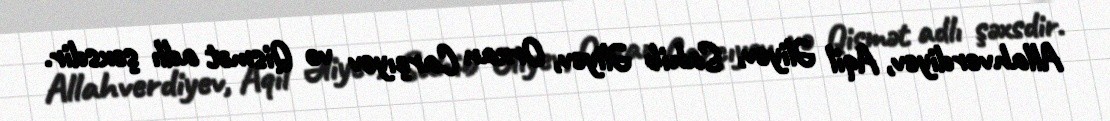
Allahverdiyev, Aqil Əliyev, Sahib Əliyev, Orxan Carçıyev və Qismət adlı şəxsdir.